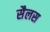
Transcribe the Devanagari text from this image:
सैलस